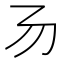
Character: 𠃓